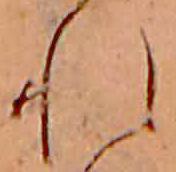
れ